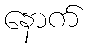
နောက်